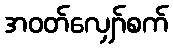
အဝတ်လျှော်စက်